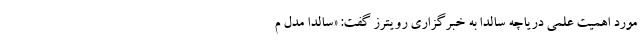
مورد اهمیت علمی دریاچه سالدا به خبرگزاری رویترز گفت: «سالدا مدل م